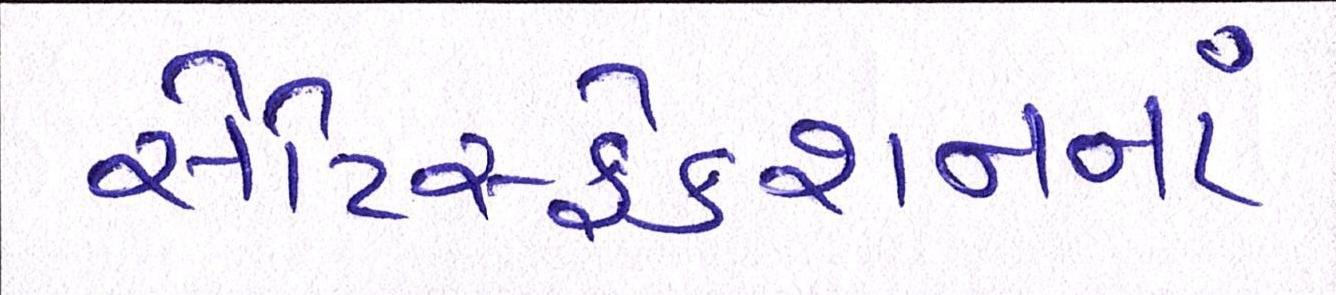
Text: સેટિસ્ફેક્શનનાં